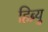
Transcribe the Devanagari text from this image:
हिब्र्यु